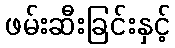
ဖမ်းဆီးခြင်းနှင့်